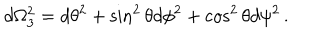
LaTeX: d \Omega _ { 3 } ^ { 2 } = d \theta ^ { 2 } + \sin ^ { 2 } \theta d \phi ^ { 2 } + \cos ^ { 2 } \theta d \psi ^ { 2 } \, .